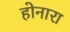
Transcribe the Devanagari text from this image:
होनारा